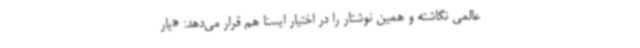
عالمی نگاشته و همین نوشتار را در اختیار ایسنا هم قرار می‌دهد: «یار